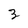
Character: 3